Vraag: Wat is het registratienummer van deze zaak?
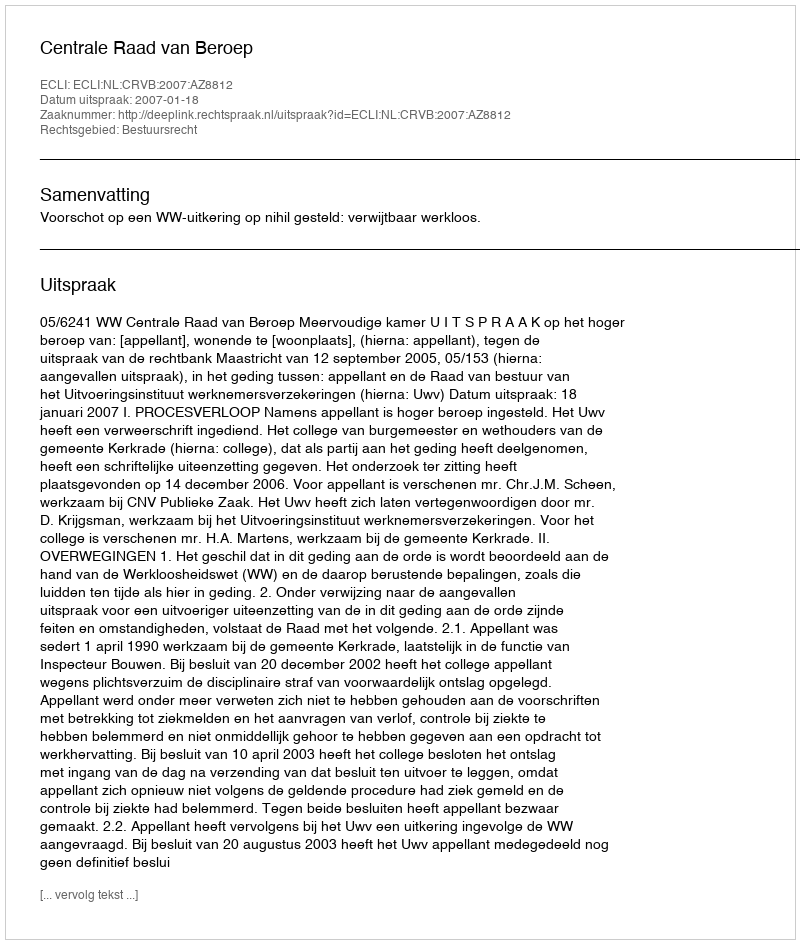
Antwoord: http://deeplink.rechtspraak.nl/uitspraak?id=ECLI:NL:CRVB:2007:AZ8812